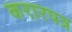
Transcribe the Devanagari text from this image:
करारपत्र